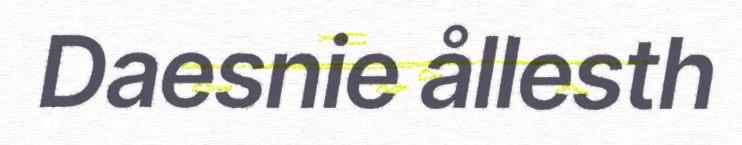
Daesnie ållesth